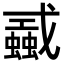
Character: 𢨜